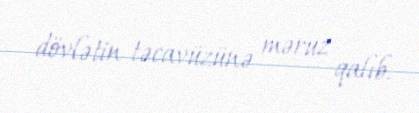
dövlətin təcavüzünə məruz qalıb.